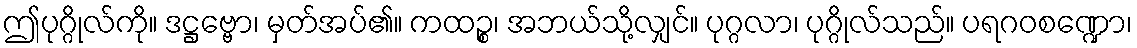
ဤပုဂ္ဂိုလ်ကို။ ဒဋ္ဌဗ္ဗော၊ မှတ်အပ်၏။ ကထဉ္စ၊ အဘယ်သို့လျှင်။ ပုဂ္ဂလာ၊ ပုဂ္ဂိုလ်သည်။ ပရဂဝစဏ္ဍော၊